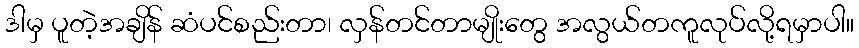
ဒါမှ ပူတဲ့အချိန် ဆံပင်စည်းတာ၊ လှန်တင်တာမျိုးတွေ အလွယ်တကူလုပ်လို့ရမှာပါ။